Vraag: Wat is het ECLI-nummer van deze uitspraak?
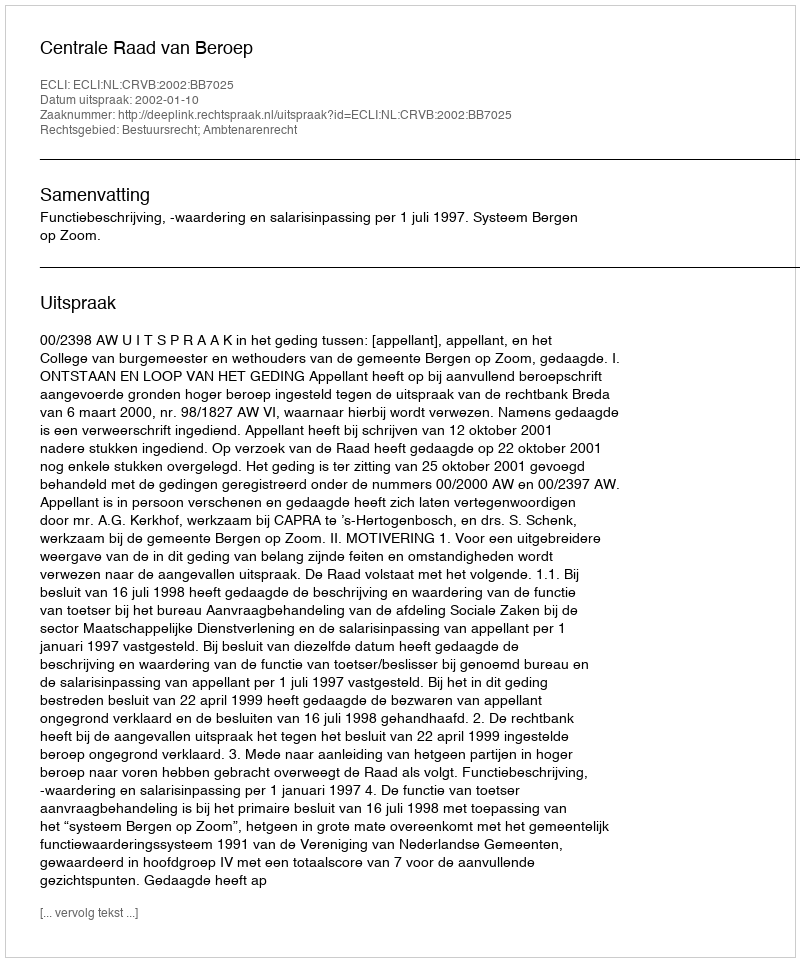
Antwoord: ECLI:NL:CRVB:2002:BB7025